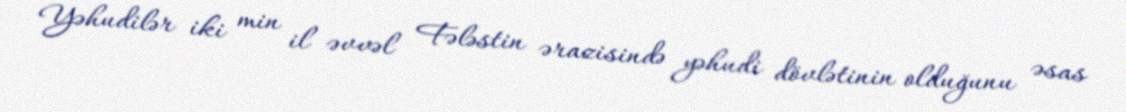
Yəhudilər iki min il əvvəl Fələstin ərazisində yəhudi dövlətinin olduğunu əsas